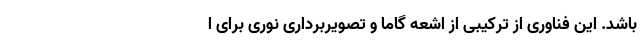
باشد. این فناوری از ترکیبی از اشعه گاما و تصویربرداری نوری برای ا